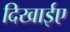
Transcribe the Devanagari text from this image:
दिखाईए